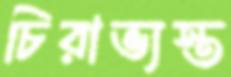
চিরাভ্যস্ত